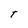
Character: t